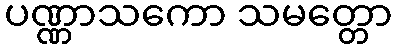
ပဏ္ဏာသကော သမတ္တော